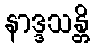
နာဒ္ဒသန္တိ